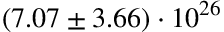
( 7 . 0 7 \pm 3 . 6 6 ) \cdot 1 0 ^ { 2 6 }